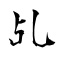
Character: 乩